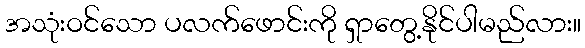
အသုံးဝင်သော ပလက်ဖောင်းကို ရှာတွေ့နိုင်ပါမည်လား။